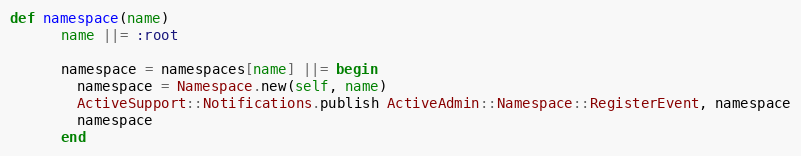
Language: Ruby
def namespace(name)
      name ||= :root

      namespace = namespaces[name] ||= begin
        namespace = Namespace.new(self, name)
        ActiveSupport::Notifications.publish ActiveAdmin::Namespace::RegisterEvent, namespace
        namespace
      end